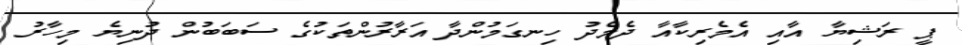
ޕީ ރަޝިޔާ އާއި އެމެރިކާއާ ދެމެދު ހިނގަމުންދާ އަރާރުންތަކުގެ ސަބަބުން ދުނިޔެ މިހާރު